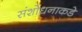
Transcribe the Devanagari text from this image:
संशोधनाकडे